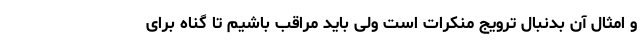
و امثال آن بدنبال ترویج منکرات است ولی باید مراقب باشیم تا ‌گناه برای